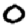
Digit: 0